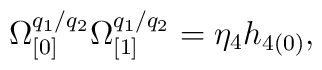
\Omega _{\lbrack 0]}^{q_{1}/q_{2}}\Omega _{\lbrack 1]}^{q_{1}/q_{2}}=\eta_{4}h_{4(0)},